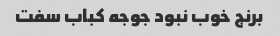
برنج خوب نبود جوجه کباب سفت